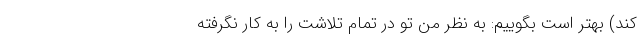
کند) بهتر است بگوییم: به نظر من تو در تمام تلاشت را به کار نگرفته